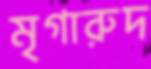
মৃগারুদ